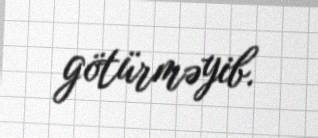
götürməyib.